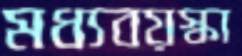
মধ্যবয়স্কা